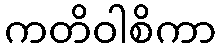
ကတိဝါစိကာ